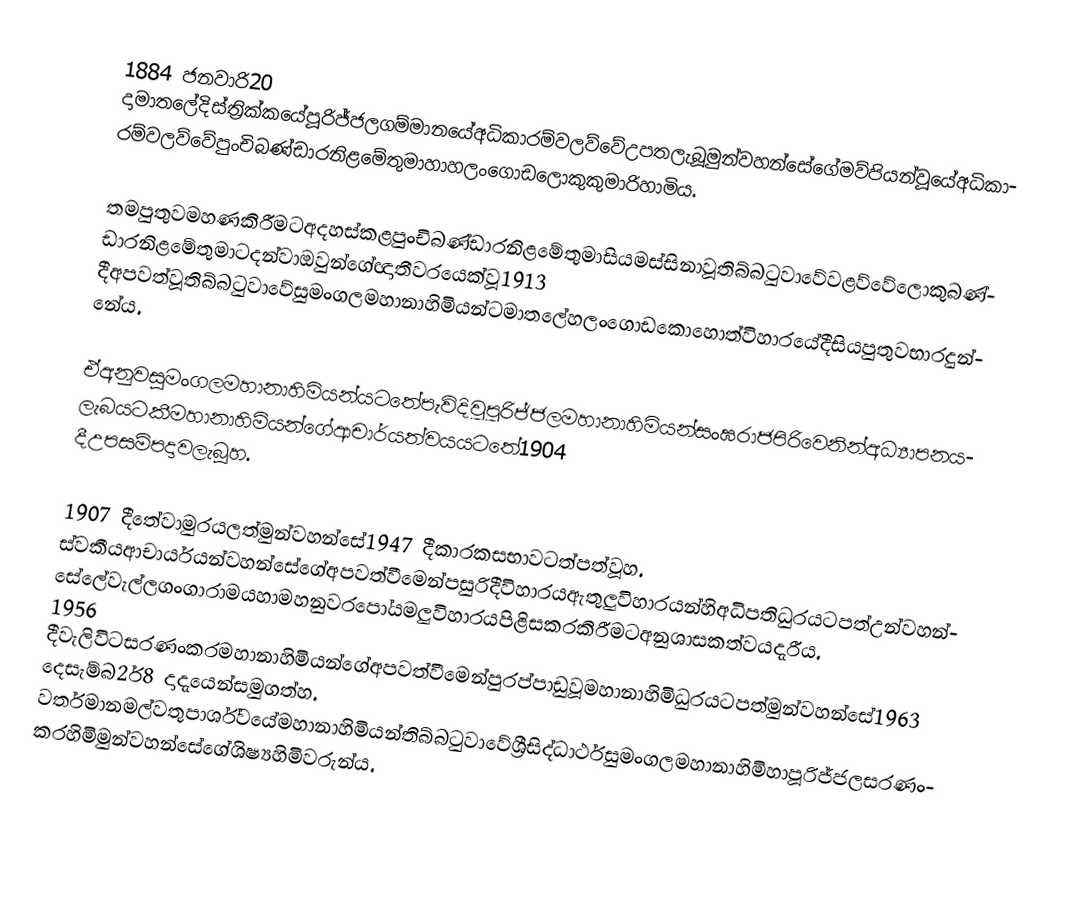
1884 ජනවාරි20 දාමාතලේදිස්ත්‍රික්කයේපූරිජ්ජලගම්මානයේඅධිකාරම්වලව්වේඋපතලැබූමුන්වහන්සේගේමව්පියන්වූයේඅධිකාරම්වලව්වේපුංචිබණ්ඩාරනිළමේතුමාහාහලංගොඩලොකුකුමාරිහාමිය.

තමපුතුවමහණකිරීමටඅදහස්කළපුංචිබණ්ඩාරනිළමේතුමාසියමස්සිනාවූතිබ්බටුවාවේවළව්වේලොකුබණ්ඩාරනිළමේතුමාටදන්වාඔවුන්ගේඥාතීවරයෙක්වූ1913 දීඅපවත්වූතිබ්බටුවාවේසුමංගලමහානාහිමියන්ටමාතලේහලංගොඩකොහොත්විහාරයේදීසියපුතුවභාරදුන්නේය.

ඒඅනුවසුමංගලමහානාහිමියන්යටතේපැවිදිවූපූරිජ්ජලමහානාහිමියන්සංඝරාජපිරිවෙනින්අධ්‍යාපනයලැබයටකීමහානාහිමියන්ගේආචාර්යත්වයයටතේ1904 දීඋපසම්පදාවලැබූහ.

1907 දීතේවාමුරයලත්මුන්වහන්සේ1947 දීකාරකසභාවටත්පත්වූහ. ස්වකීයආචාර්යයන්වහන්සේගේඅපවත්වීමෙන්පසුරිදීවිහාරයඇතුලුවිහාරයන්හිඅධිපතිධුරයටපත්උන්වහන්සේලේවැල්ලගංගාරාමයහාමහනුවරපෝයමලුවිහාරයපිළිසකරකිරීමටඅනුශාසකත්වයදැරීය. 1956 දීවැලිවිටසරණංකරමහානාහිමියන්ගේඅපවත්වීමෙන්පුරප්පාඩුවූමහානාහිමිධුරයටපත්මුන්වහන්සේ1963 දෙසැම්බර්28 දාදැයෙන්සමුගත්හ. වර්තමානමල්වතුපාර්ශ්වයේමහානාහිමියන්තිබ්බටුවාවේශ්‍රීසිද්ධාර්ථසුමංගලමහානාහිමිහාපූරිජ්ජලසරණංකරහිමිමුන්වහන්සේගේශිෂ්‍යහිමිවරුන්ය.